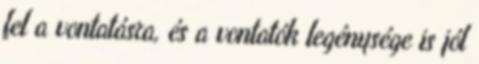
fel a vontatásra, és a vontatók legénysége is jól